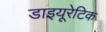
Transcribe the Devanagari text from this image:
डाइयूरेटिक